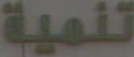
تنمية